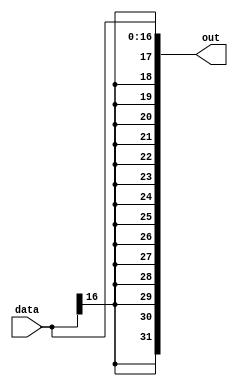
module sign_extend(data, out);
    input [16:0] data;
    output [31:0] out;

    wire msb;
    assign msb = data[16];

    assign out[31] = msb;
    assign out[30] = msb;
    assign out[29] = msb;
    assign out[28] = msb;
    assign out[27] = msb;
    assign out[26] = msb;
    assign out[25] = msb;
    assign out[24] = msb;
    assign out[23] = msb;
    assign out[22] = msb;
    assign out[21] = msb;
    assign out[20] = msb;
    assign out[19] = msb;
    assign out[18] = msb;
    assign out[17] = msb;
    assign out[16] = msb;
    assign out[15] = data[15];
    assign out[14] = data[14];
    assign out[13] = data[13];
    assign out[12] = data[12];
    assign out[11] = data[11];
    assign out[10] = data[10];
    assign out[9] = data[9];
    assign out[8] = data[8];
    assign out[7] = data[7];
    assign out[6] = data[6];
    assign out[5] = data[5];
    assign out[4] = data[4];
    assign out[3] = data[3];
    assign out[2] = data[2];
    assign out[1] = data[1];
    assign out[0] = data[0];

endmodule